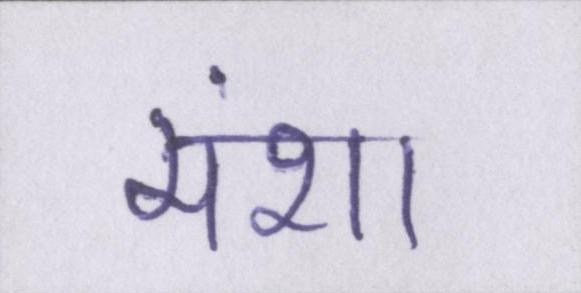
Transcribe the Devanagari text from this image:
मंशा